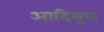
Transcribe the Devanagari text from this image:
आदिमूल